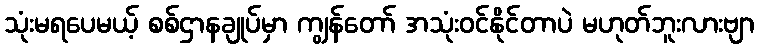
သုံးမရပေမယ့် စစ်ဌာနချုပ်မှာ ကျွန်တော် အသုံးဝင်နိုင်တာပဲ မဟုတ်ဘူးလားဗျာ